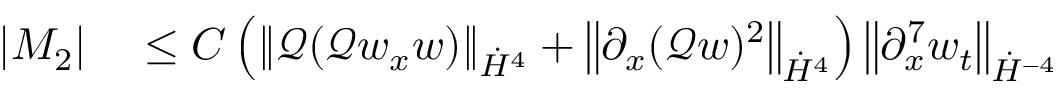
\begin{array} { r l } { \left| M _ { 2 } \right| } & { { } \leq C \left( \left\| \mathscr { Q } ( \mathscr { Q } w _ { x } w ) \right\| _ { \dot { H } ^ { 4 } } + \left\| \partial _ { x } ( \mathscr { Q } w ) ^ { 2 } \right\| _ { \dot { H } ^ { 4 } } \right) \left\| \partial _ { x } ^ { 7 } w _ { t } \right\| _ { \dot { H } ^ { - 4 } } } \end{array}